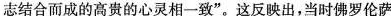
志结合而成的高贵的心灵相一致”。这反映出，当时佛罗伦萨